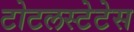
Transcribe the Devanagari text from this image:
टोटलस्टेटेस